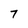
Character: 7